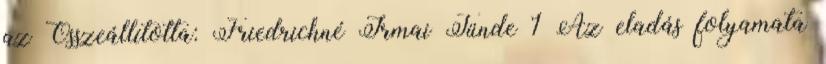
az Összeállította: Friedrichné Irmai Tünde 1 Az eladás folyamata